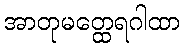
အာတုမတ္ထေရဂါထာ